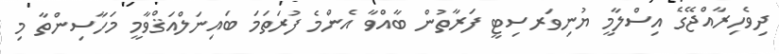
ދިވެހިރާއްޖޭގެ އިސްލާމީ ޔުނިވަރސިޓީ ފަރާތުން ބާއްވާ އެންމެ ފުރަތަމަ ބައިނަލްއަޤްވާމީ މަހާސިންތާ މި